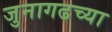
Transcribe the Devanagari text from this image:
जुनागढच्या